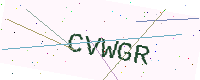
Text: CVWGR